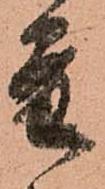
量